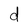
Character: d